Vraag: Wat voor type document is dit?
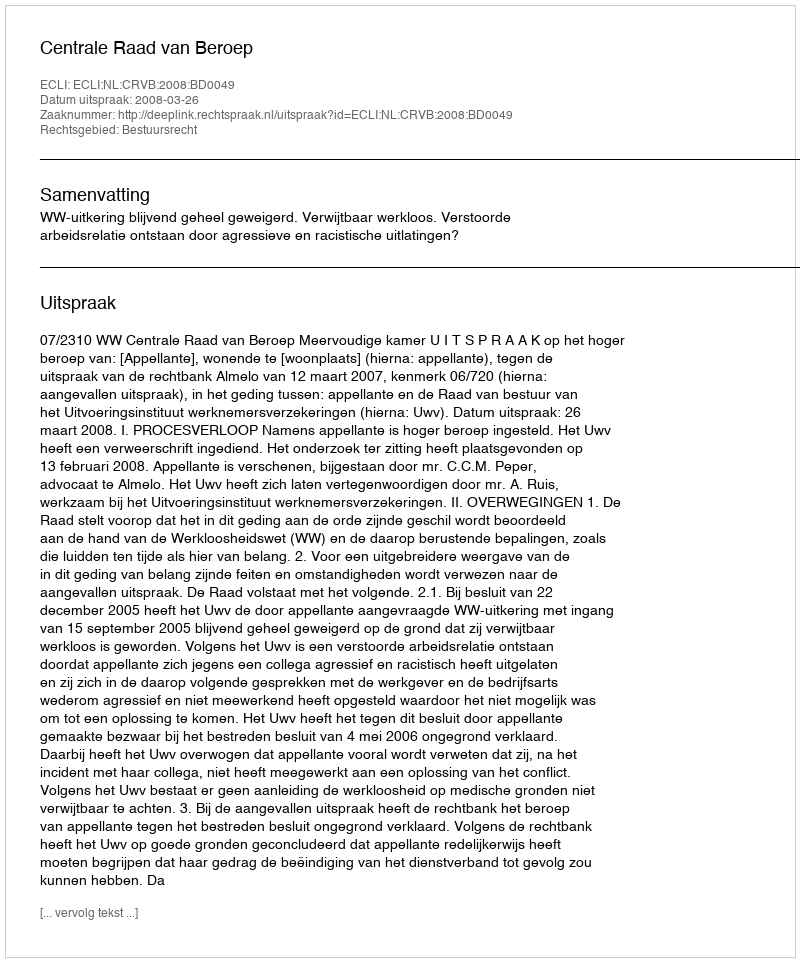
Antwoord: Uitspraak